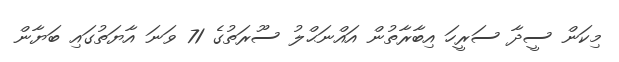
މިކަން ސީދާ ސަރީހަ އިބާރާތުން އައްނަޙްލު ސޫރަތުގެ 71 ވަނަ އާޔަތުގައި ބަޔާން